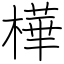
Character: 樺